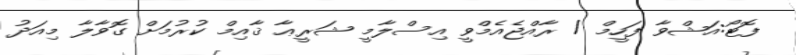
ފޮޓޯ:އަޝްވާ ފަހީމް / ރާއްޖެއެމްވީ އިސްލާމީ ޝަރީޢާ ޤާއިމް ކުރުމަށް ގޮވާލާ މިއަދު